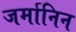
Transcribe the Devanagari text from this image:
जर्मानिन